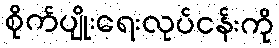
စိုက်ပျိုးရေးလုပ်ငန်းကို